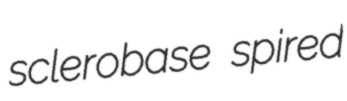
sclerobase spired